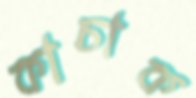
কাচাক